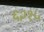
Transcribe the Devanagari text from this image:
६२१५